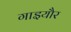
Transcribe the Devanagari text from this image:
गाइयौर